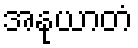
အနုယာတံ